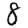
Digit: 8